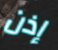
إذن